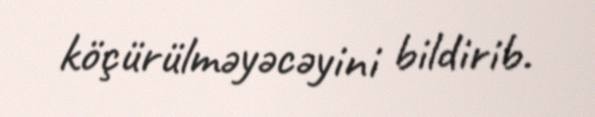
köçürülməyəcəyini bildirib.